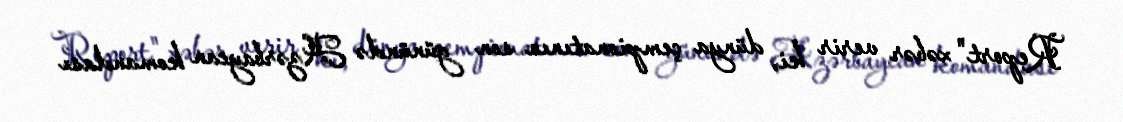
Report" xəbər verir ki, dünya çempionatının son günündə Azərbaycan komandası